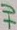
Text: +V